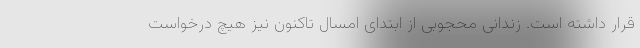
قرار داشته است. زندانی محجوبی از ابتدای امسال تاکنون نیز هیچ درخواست